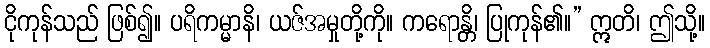
ငိုကုန်သည် ဖြစ်၍။ ပရိကမ္မာနိ၊ ယဇ်အမှုတို့ကို။ ကရောန္တိ၊ ပြုကုန်၏။” ဣတိ၊ ဤသို့။